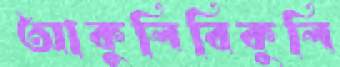
আকুলিবিকুলি